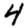
Digit: 4